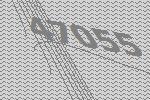
47055